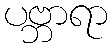
ပဗ္ဘာရာ